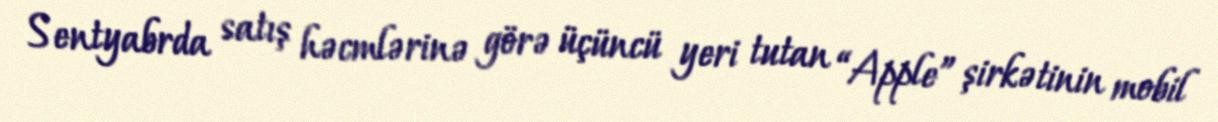
Sentyabrda satış həcmlərinə görə üçüncü yeri tutan “Apple” şirkətinin mobil